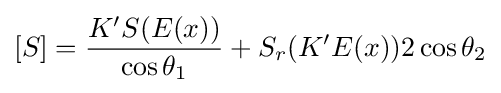
[S]={\frac {K'S(E(x))}{\cos \theta _{1}}}+S_{r}(K'E(x))2\cos \theta _{2}